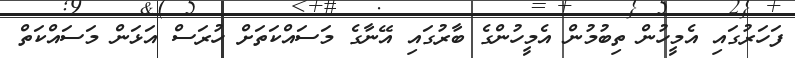
ފަހަރުގައި އެމީހުން ތިބުމުން އެމީހުންގެ ބާރުގައި އޭނާގެ މަސައްކަތަށް ހުރަސް އަޅަން މަސައްކަތް